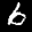
Label: 6